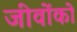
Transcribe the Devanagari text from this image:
जीवोंको